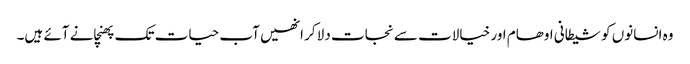
وہ انسانوں کو شیطانی اوھام اور خیالات سے نجات دلا کر انھیں آب حیات تک پھنچانے آئے ہیں۔